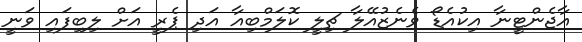
އާޖެންޓީނާ އިކުއެޑޯ ވެނެޒުއޭލާ ޗިލީ ކޮލަމްބިއާ އަދި ޕެރީ އަށް ލިބިފައި ވަނީ